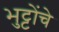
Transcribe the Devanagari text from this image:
भुट्टोंचे